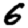
Digit: 6